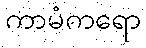
ကာမံကရော